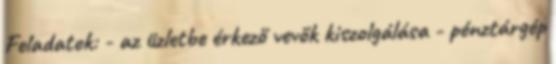
Feladatok: - az üzletbe érkező vevők kiszolgálása - pénztárgép